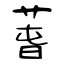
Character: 萅